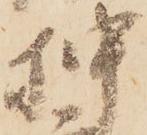
押